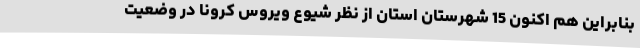
بنابراین هم اکنون 15 شهرستان استان از نظر شیوع ویروس کرونا در وضعیت